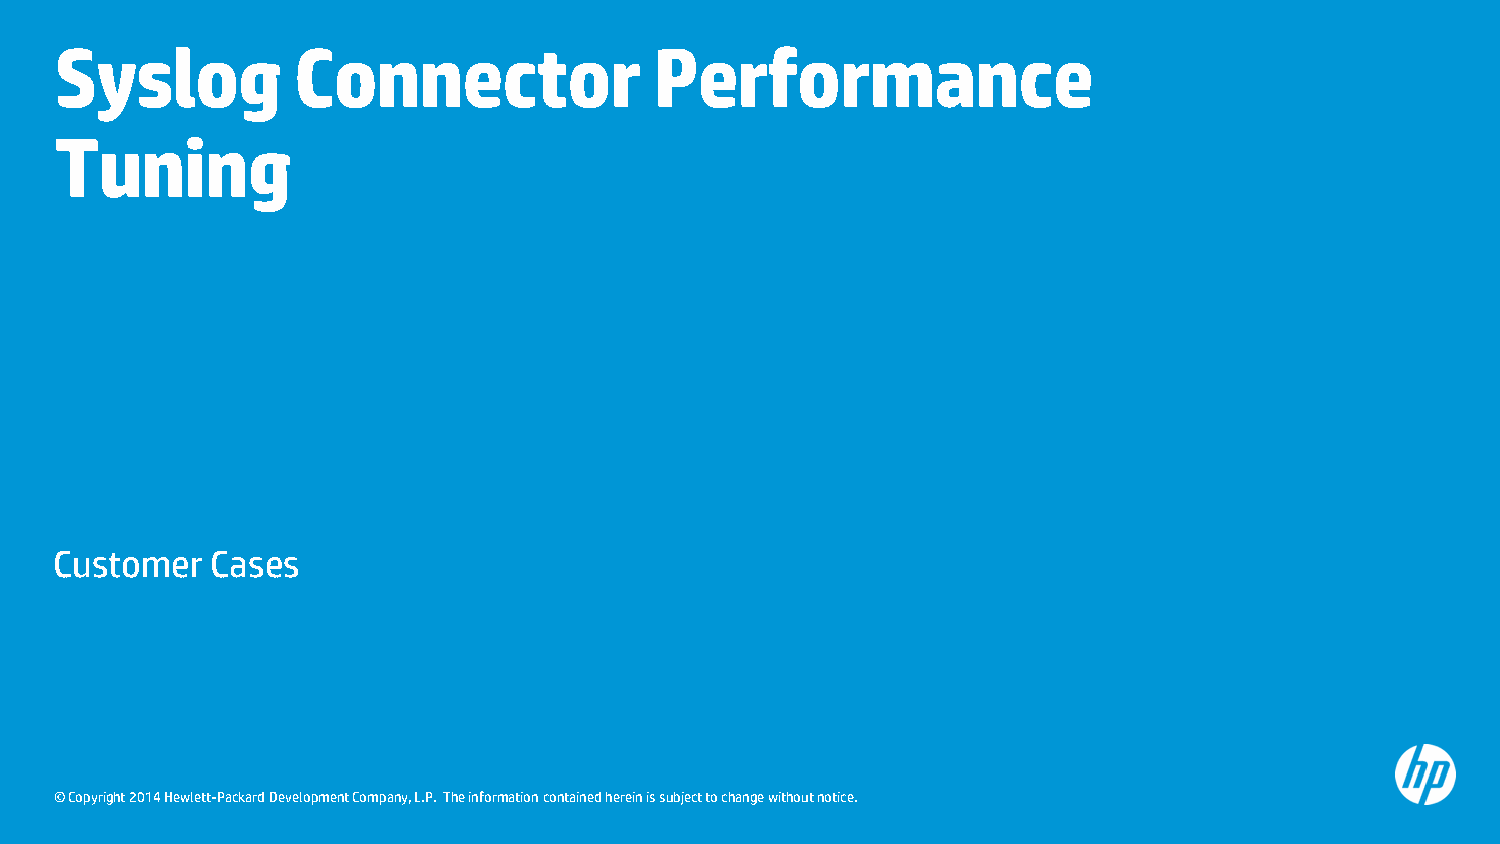
Syslog         Connector               Performance
 Tuning
 Customer  Cases
 © Copyright 2014 Hewlett-Packard Development Company, L.P. The information contained herein is subject to change without notice.